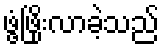
ဖွံ့ဖြိုးလာခဲ့သည်